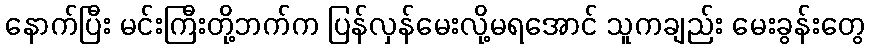
နောက်ပြီး မင်းကြီးတို့ဘက်က ပြန်လှန်မေးလို့မရအောင် သူကချည်း မေးခွန်းတွေ